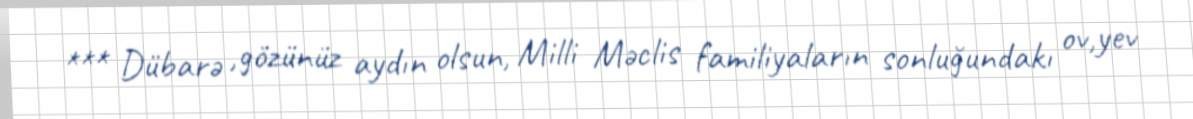
*** Dübarə ,gözünüz aydın olsun, Milli Məclis familiyaların sonluğundakı ov,yev